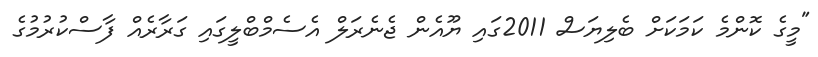
"މީގެ ކޮންމެ ކަމަކަށް ބެލިޔަސް 2011ގައި ޔޫއެން ޖެނެރަލް އެސެމްބްލީގައި ގަރާރެއް ފާސްކުރުމުގެ